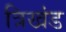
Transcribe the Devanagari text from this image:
त्रिखंड